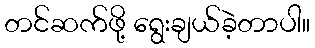
တင်ဆက်ဖို့ ရွေးချယ်ခဲ့တာပါ။